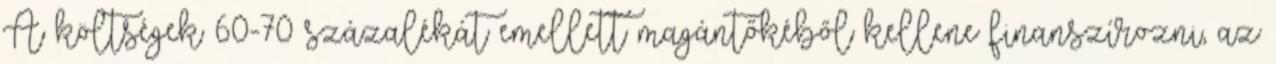
A költségek 60-70 százalékát emellett magántőkéből kellene finanszírozni, az